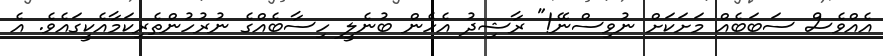
އެއްވެސް ސަބަބެއް މަށަކަށް ނުވިސްނޭ!" ރާޝިދު އެހެން ބުނެލީ ހިސާބެއްގެ ނުރުހުންތެރިކަމާއެކީގައެވެ. އެ